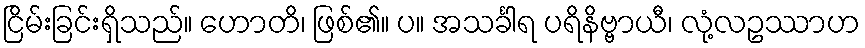
ငြိမ်းခြင်းရှိသည်။ ဟောတိ၊ ဖြစ်၏။ ပ။ အသင်္ခါရ ပရိနိဗ္ဗာယီ၊ လုံ့လဥဿာဟ